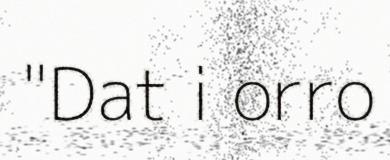
"Dat i orro